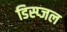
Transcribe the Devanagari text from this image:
डिस्प्जल